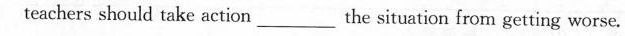
teachers should take action___the situation from getting worse.